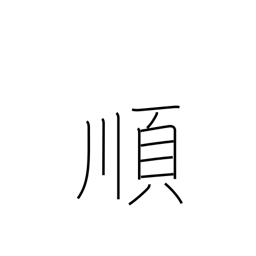
Meaning: obey